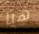
هيا